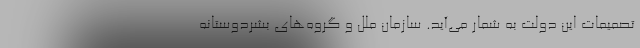
تصمیمات این دولت به شمار می‌آید. سازمان ملل و گروه‌های بشردوستانه